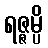
ရဇ္ဇမ္ပိ